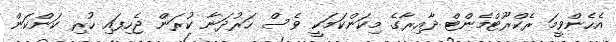
އެހެންވީމަ ރެކްރޫޓްމެންޓް ދާއިރާގެ މިކަންކަމަކީ ވެސް ހަރުދަނާ ކުރަން ޖެހިފައި ހުރި ކަންކަން